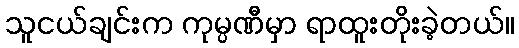
သူငယ်ချင်းက ကုမ္ပဏီမှာ ရာထူးတိုးခဲ့တယ်။